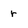
Character: r